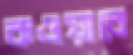
কওয়াবে